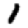
Digit: 1